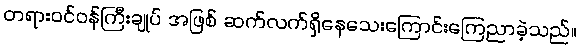
တရားဝင်ဝန်ကြီးချုပ် အဖြစ် ဆက်လက်ရှိနေသေးကြောင်းကြေညာခဲ့သည်။